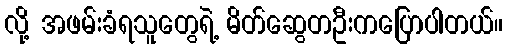
လို့ အဖမ်းခံရသူတွေရဲ့ မိတ်ဆွေတဦးကပြောပါတယ်။